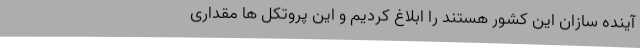
آینده سازان این کشور هستند را ابلاغ کردیم و این پروتکل ها مقداری